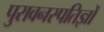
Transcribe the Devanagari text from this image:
पुरावनस्पतिज्ञों